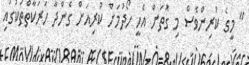
" މީގެ ކުރިންވެސް މި ގޮތަށް އެހީ ހޯދުމަށް ކުރިއަށް ގެންދާ ހަރަކާތްތަކުގައި